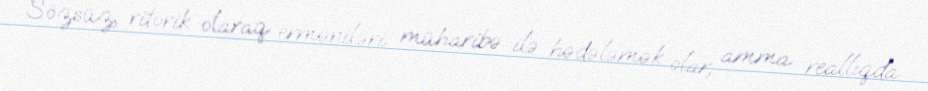
Sözsüz, ritorik olaraq erməniləri müharibə ilə hədələmək olar, amma reallıqda